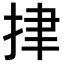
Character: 𢫫